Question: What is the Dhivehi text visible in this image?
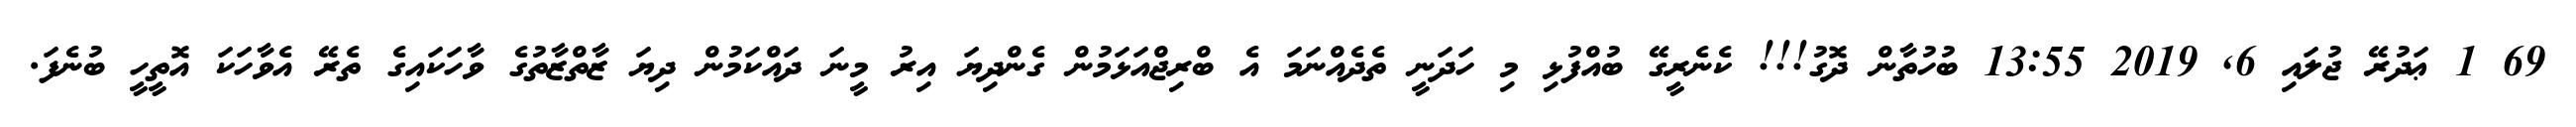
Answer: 69 1 ޢަދުރޭ ޖުލައި 6, 2019 13:55 ބުހުތާން ދޮގު!!! ކެނެރީގޭ ބުއްފުޅި މި ހަދަނީ ތެދެއްނަމަ އެ ބްރިޖްއަޅަމުން ގެންދިޔަ އިރު މީނަ ދައްކަމުން ދިޔަ ޒާތްޒާތުގެ ވާހަކައިގެ ތެރޭ އެވާހަކަ އޮތީހީ ބުނެފަ.